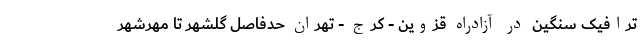
ترافیک سنگین در آزادراه قزوین - کرج - تهران حدفاصل گلشهر تا مهرشهر